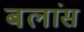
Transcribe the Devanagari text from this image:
बलांस